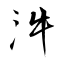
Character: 汼